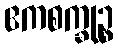
ဧကစက္ခုဉ္စ